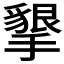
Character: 𭢩